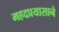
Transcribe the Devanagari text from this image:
महदप्रयासाने